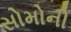
સોમોની